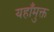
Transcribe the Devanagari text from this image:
यहाँमुक्त